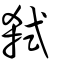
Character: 弒